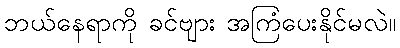
ဘယ်နေရာကို ခင်ဗျား အကြံပေးနိုင်မလဲ။